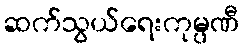
ဆက်သွယ်ရေးကုမ္ပဏီ